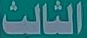
الثالث